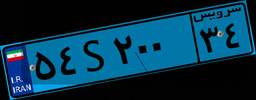
۵۴S۲۰۰۳۴